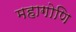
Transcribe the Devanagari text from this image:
महागोणि